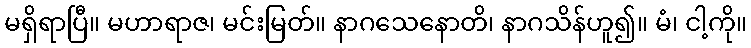
မရှိရာပြီ။ မဟာရာဇ၊ မင်းမြတ်။ နာဂသေနောတိ၊ နာဂသိန်ဟူ၍။ မံ၊ ငါ့ကို။